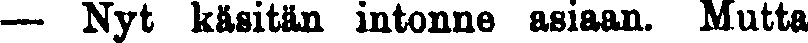
— Nyt käsitän intonne asiaan. Mutta